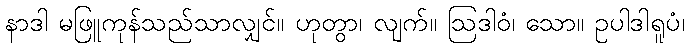
နာဒါ မဖြူကုန်သည်သာလျှင်။ ဟုတွာ၊ လျက်။ ဩဒါဝံ၊ သော။ ဥပါဒါရူပံ၊